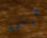
غرامه